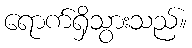
ရောက်ရှိသွားသည်။